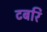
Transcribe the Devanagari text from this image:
टबरि